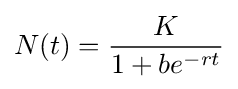
N(t)={K \over 1+be^{-rt}}